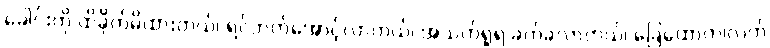
ခေါင်းကို ထိခိုက်မိထားတယ်၊ ရင်ဘတ်အောင့်လာတယ်၊ အသက်ရှုရ ခက်ခဲလာတယ်၊ ခြေထောက်၊လက်